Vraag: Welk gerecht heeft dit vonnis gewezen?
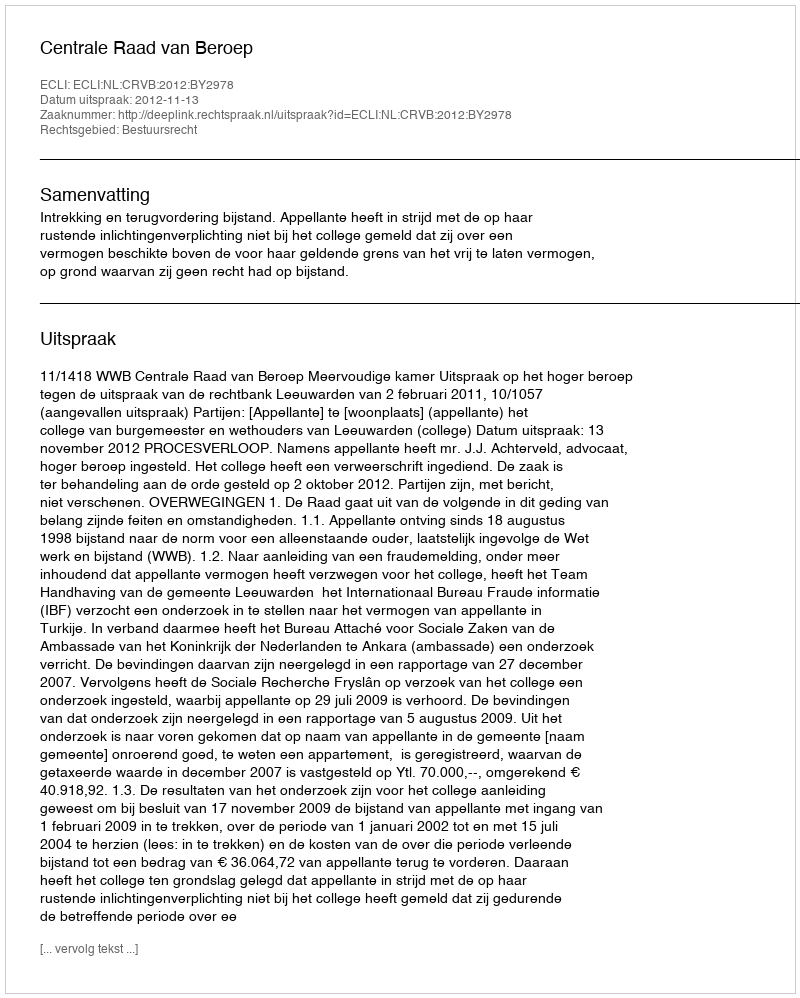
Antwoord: Centrale Raad van Beroep